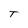
Character: T